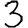
Digit: 3